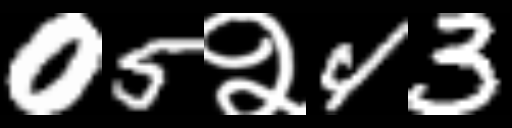
Text: 05२43